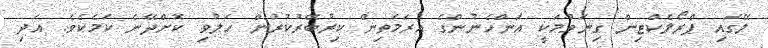
ލޭގައި ޕްރޯލެކްޓިން ގިނަވުމަކީ އަންހެނުންގެ އުރަމަތިން ކިރުބޭރުކުރުން ހަލުވި ކޮށްދޭނެ ކަމެކެވެ. އަދި